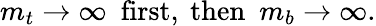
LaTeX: m_{t}\to\infty\ \ \mathrm{first},\ \mathrm{then}\ \ m_{b}\to\infty.